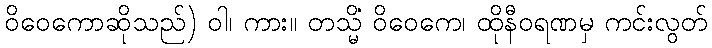
ဝိဝေကောဆိုသည်) ဝါ၊ ကား။ တသ္မိံ ဝိဝေကေ၊ ထိုနီဝရဏမှ ကင်းလွတ်